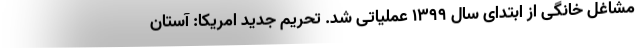
مشاغل خانگی از ابتدای سال ۱۳۹۹ عملیاتی شد. تحریم جدید امریکا: آستان